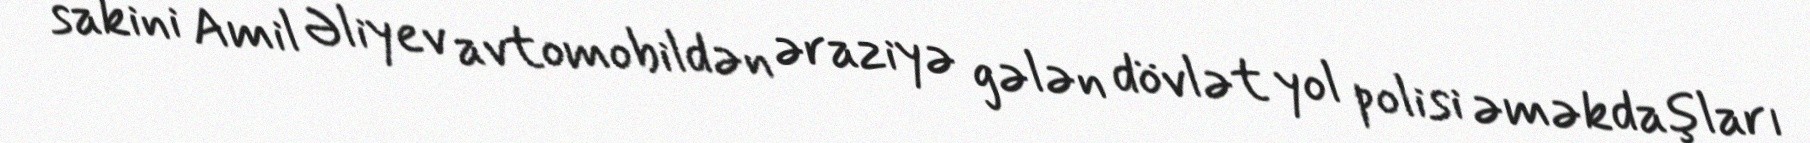
sakini Amil Əliyev avtomobildən əraziyə gələn dövlət yol polisi əməkdaşları